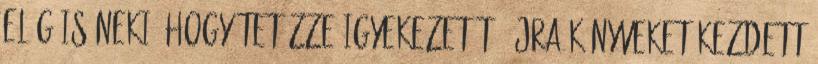
elég is neki. Hogy tetézze igyekezetét, újra könyveket kezdett